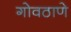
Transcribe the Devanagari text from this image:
गोवठाणे